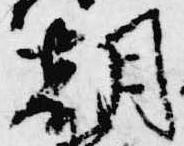
朝